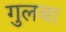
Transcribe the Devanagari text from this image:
गुलबा